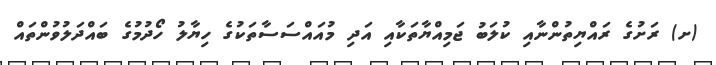
(ށ) ރަށުގެ ރައްޔިތުންނާއި ކުލަބު ޖަމިއްޔާތަކާއި އަދި މުއައްސަސާތަކުގެ ހިޔާލު ހޯދުމުގެ ބައްދަލުވުންތައް